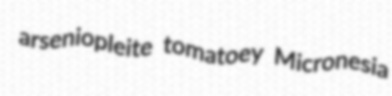
arseniopleite tomatoey Micronesia